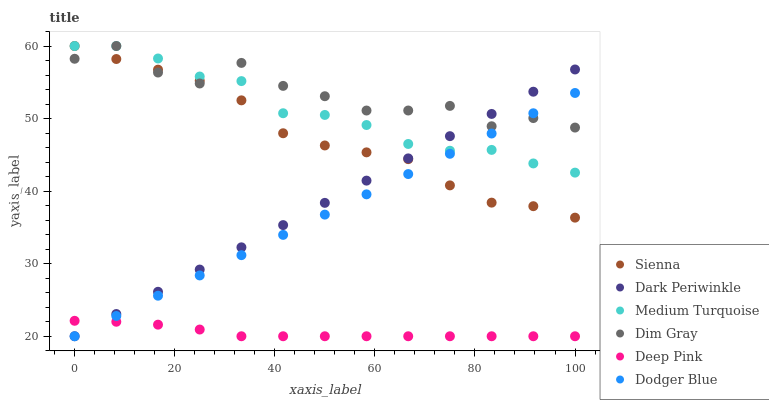
| xaxis_label | Sienna | Dark Periwinkle | Medium Turquoise | Dim Gray | Deep Pink | Dodger Blue |
 | --- | --- | --- | --- | --- | --- | --- |
 | 0 | 60 | 20 | 60 | 58.2 | 22.1 | 20 |
 | 8.33 | 58.2 | 23.1 | 60 | 60 | 22 | 22.8 |
 | 16.7 | 56.7 | 26.1 | 58.3 | 56.3 | 21.6 | 25.6 |
 | 25 | 55.2 | 29.2 | 55.8 | 54.8 | 20.9 | 28.4 |
 | 33.3 | 52.5 | 32.3 | 55.2 | 57.7 | 20 | 31.2 |
 | 41.7 | 48 | 35.3 | 50.7 | 54.5 | 20 | 34 |
 | 50 | 46.3 | 38.4 | 50.5 | 53.1 | 20 | 36.8 |
 | 58.3 | 45.3 | 41.4 | 49.1 | 51.1 | 20 | 39.6 |
 | 66.7 | 44.4 | 44.5 | 46.5 | 51.1 | 20 | 42.4 |
 | 75 | 40.8 | 47.6 | 45.6 | 51.7 | 20 | 45.1 |
 | 83.3 | 38.4 | 50.6 | 45.7 | 48.9 | 20 | 47.9 |
 | 91.7 | 37.9 | 53.7 | 43.8 | 50.1 | 20 | 50.7 |
 | 100 | 36.3 | 56.8 | 42.6 | 48.8 | 20 | 53.5 |